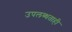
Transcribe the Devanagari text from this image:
उपलब्धताही